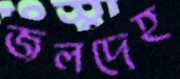
জলদেহ